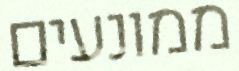
ממונעים